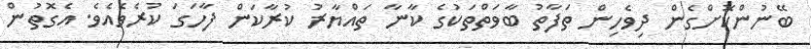
ބޭނުންކޮށްގެން ދިވެހިން ތަފާތު ބާވަތްތަކުގެ ކާނާ ތައްޔާރު ކުރާކަން ފާހަގަ ކުރެވެއެވެ. އެގޮތުން